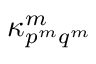
\kappa _ { { p } ^ { m } { q } ^ { m } } ^ { m }